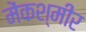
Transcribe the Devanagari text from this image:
मेंकश्मीर